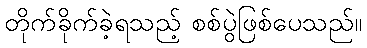
တိုက်ခိုက်ခဲ့ရသည့် စစ်ပွဲဖြစ်ပေသည်။